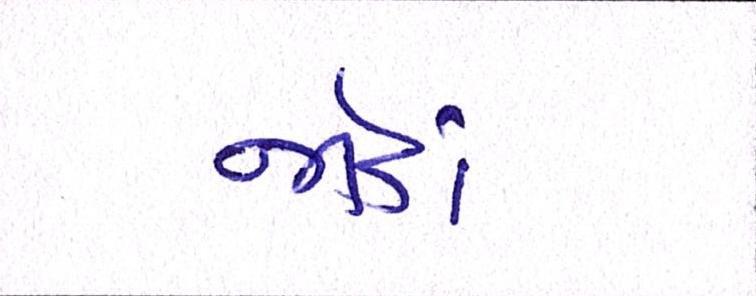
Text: જોડાં